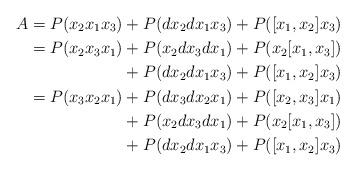
LaTeX: \begin{align*} A = P(x_2x_1x_3) &+ P(dx_2dx_1x_3) + P([x_1,x_2]x_3) \\ = P(x_2x_3x_1) &+ P(x_2dx_3dx_1) + P(x_2[x_1,x_3]) \\ &+ P(dx_2dx_1x_3) + P([x_1,x_2]x_3) \\ = P(x_3x_2x_1) &+ P(dx_3dx_2x_1) + P([x_2,x_3]x_1) \\ &+ P(x_2dx_3dx_1) + P(x_2[x_1,x_3]) \\ &+ P(dx_2dx_1x_3) + P([x_1,x_2]x_3) \\ \end{align*}